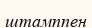
штамппен